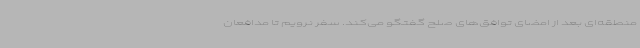
منطقه‌ای بعد از امضای توافق‌های صلح گفتگو می‌کند. سفر نرویم تا مدافعان